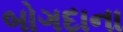
બોગદાના